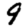
Digit: 9